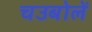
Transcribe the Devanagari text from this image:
चउबोलें